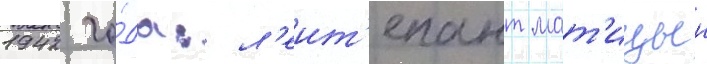
1942 го́да: л'еит'енант мат'ицын